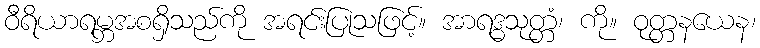
ဝီရိယာရမ္ဘအစရှိသည်ကို အရင်းပြုသဖြင့်။ အာရဒ္ဓသုတ္တံ၊ ကို။ ဝုတ္တနယေန၊